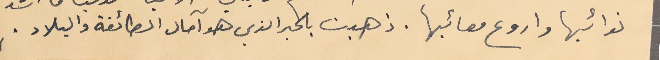
نوائبها واروع مصائبها. ذهبت بالحبر الذي هو آمال الطائفة والبلاد.